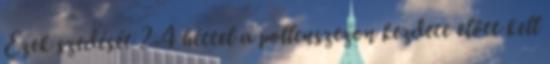
Ezek szedését 2-4 héttel a pollenszezon kezdete előtt kell